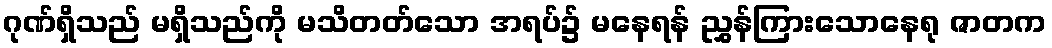
ဂုဏ်ရှိသည် မရှိသည်ကို မသိတတ်သော အရပ်၌ မနေရန် ညွှန်ကြားသောနေရု ဇာတက